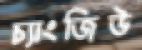
চ্যাংজিউ